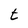
Character: t